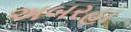
અબરહા